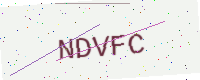
Text: NDVFC